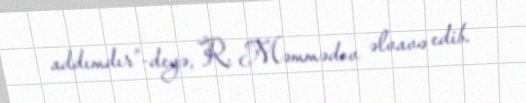
addımdır”-deyə, R. Məmmədov əlvavə edib.